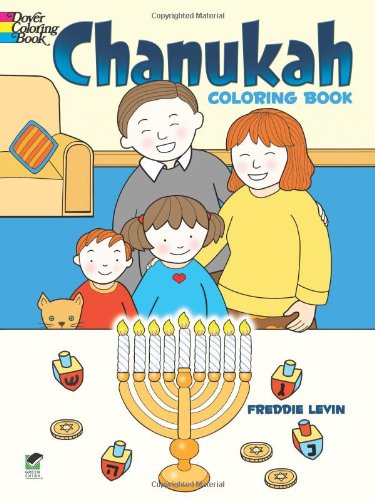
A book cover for Chanukah Coloring Book (Dover Holiday Coloring Book); Freddie Levin; Children's Books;